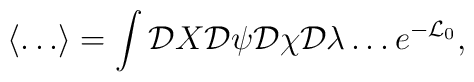
\left\langle \ldots \right\rangle =\int {\cal D}X{\cal D}\psi{\cal D}\chi{\cal D}\lambda \ldots e^{-{\cal L}_0},